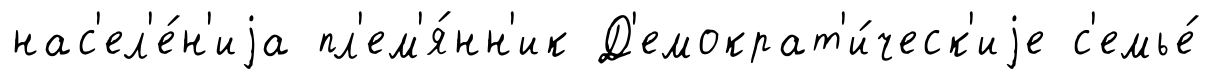
нас'ел'е́н'иjа пл'ем'я́нн'ик Д'емократ'и́ческ'иjе с'емье́